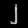
Digit: ၂